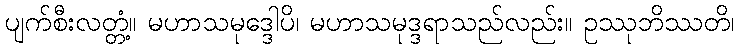
ပျက်စီးလတ္တံ့။ မဟာသမုဒ္ဒေါပိ၊ မဟာသမုဒ္ဒရာသည်လည်း။ ဥဿုဘိဿတိ၊